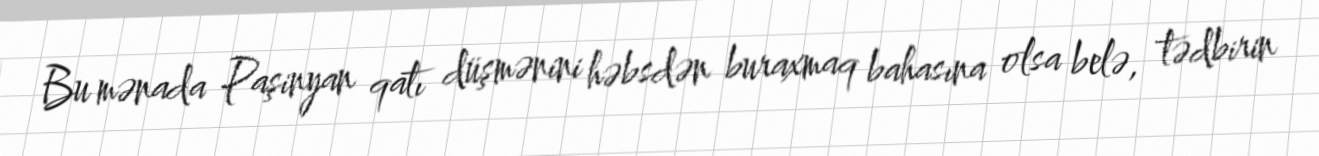
Bu mənada Paşinyan qatı düşmənini həbsdən buraxmaq bahasına olsa belə, tədbirin